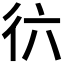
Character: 𢓌